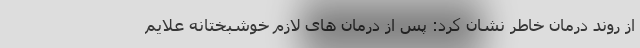
از روند درمان خاطر نشان کرد: پس از درمان های لازم خوشبختانه علایم